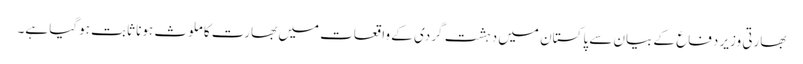
بھارتی وزیر دفاع کے بیان سے پاکستان میں دہشت گردی کے واقعات میں بھارت کا ملوث ہونا ثابت ہوگیا ہے۔